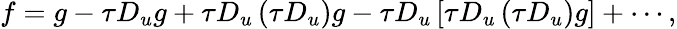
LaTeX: f=g-\tau{{D}_{u}}g+\tau{{D}_{u}}\left(\tau{{D}_{u}}\right)g-\tau{{D}_{u}}\left[\tau{{D}_{u}}\left(\tau{{D}_{u}}\right)g\right]+\cdots,